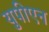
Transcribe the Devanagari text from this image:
युपीएन